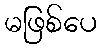
မဖြစ်ပေ